Vaccine operations Central Provinces 1868-1885 - 1868-1885
Year: 1868
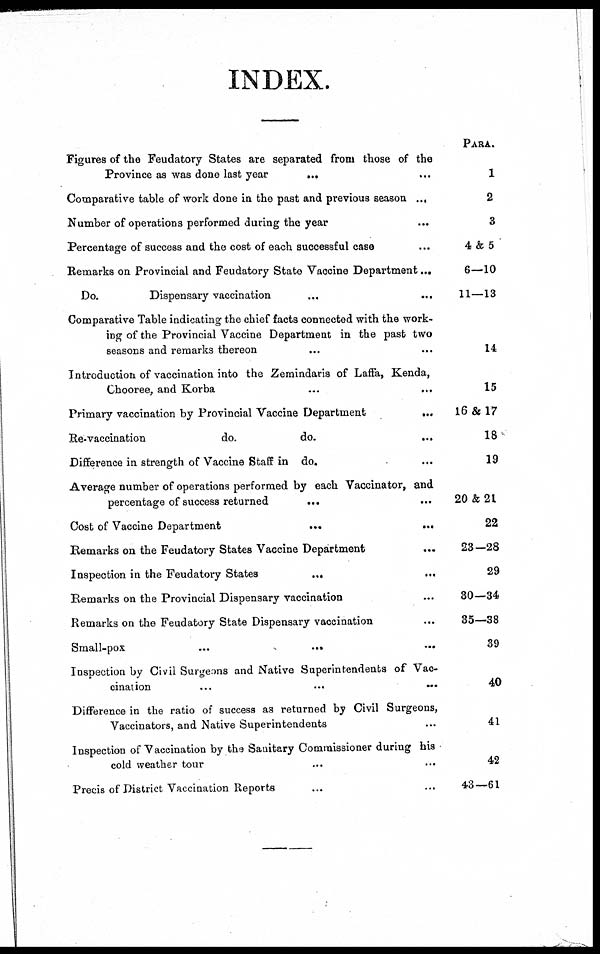
INDEX.
Figures of the Feudatory States are separated from those of the
Province as was done last year
...
...
...
...
Comparative table of work done in the past and previous season ...
Number of operations performed during the year... ...
Percentage of success and the cost of each successful case... ...
Remarks on Provincial and Feudatory State Vaccine Department...
Do.
Dispensary vaccination
...
...
...
Comparative Table indicating the chief facts connected with the work-
ing of the Provincial Vaccine Department in the past two
seasons and remarks thereon... ... ...
Introduction of vaccination into the Zemindaris of Laffa, Kenda,
Chooree, and Korba
Primary vaccination by Provincial Vaccine
Department...
...
Re-vaccination
do.
do.
...
Difference in strength of Vaccine Staff in do... ... ...
Average number of operations performed by each Vaccinator, and
percentage of success returned
...
Cost of Vaccine Department
...
...
...
Remarks on the Feudatory States Vaccine Department
Inspection in the Feudatory States
...
...
Remarks on the Provincial Dispensary vaccination... ...
Remarks on the Feudatory State Dispensary vaccination... ...
Small-pox...
...
...
Inspection by Civil Surgeons and Native Superintendents of Vac-
cination...
...
...
...
Difference in the ratio of success as returned by Civil Surgeons,
Vaccinators, and Native Superintendents... ...
Inspection of Vaccination by the Sanitary Commissioner during his
cold weather tour... ...
Precis of District Vaccination Reports... ...
PARA.
1
2
3
4&5
6—10
11—13
14
15
16&17
18
19
20&21
22
23—28
29
30—34
35—38
39
40
41
42
43—61